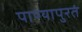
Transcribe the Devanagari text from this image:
पाण्यापुरतं